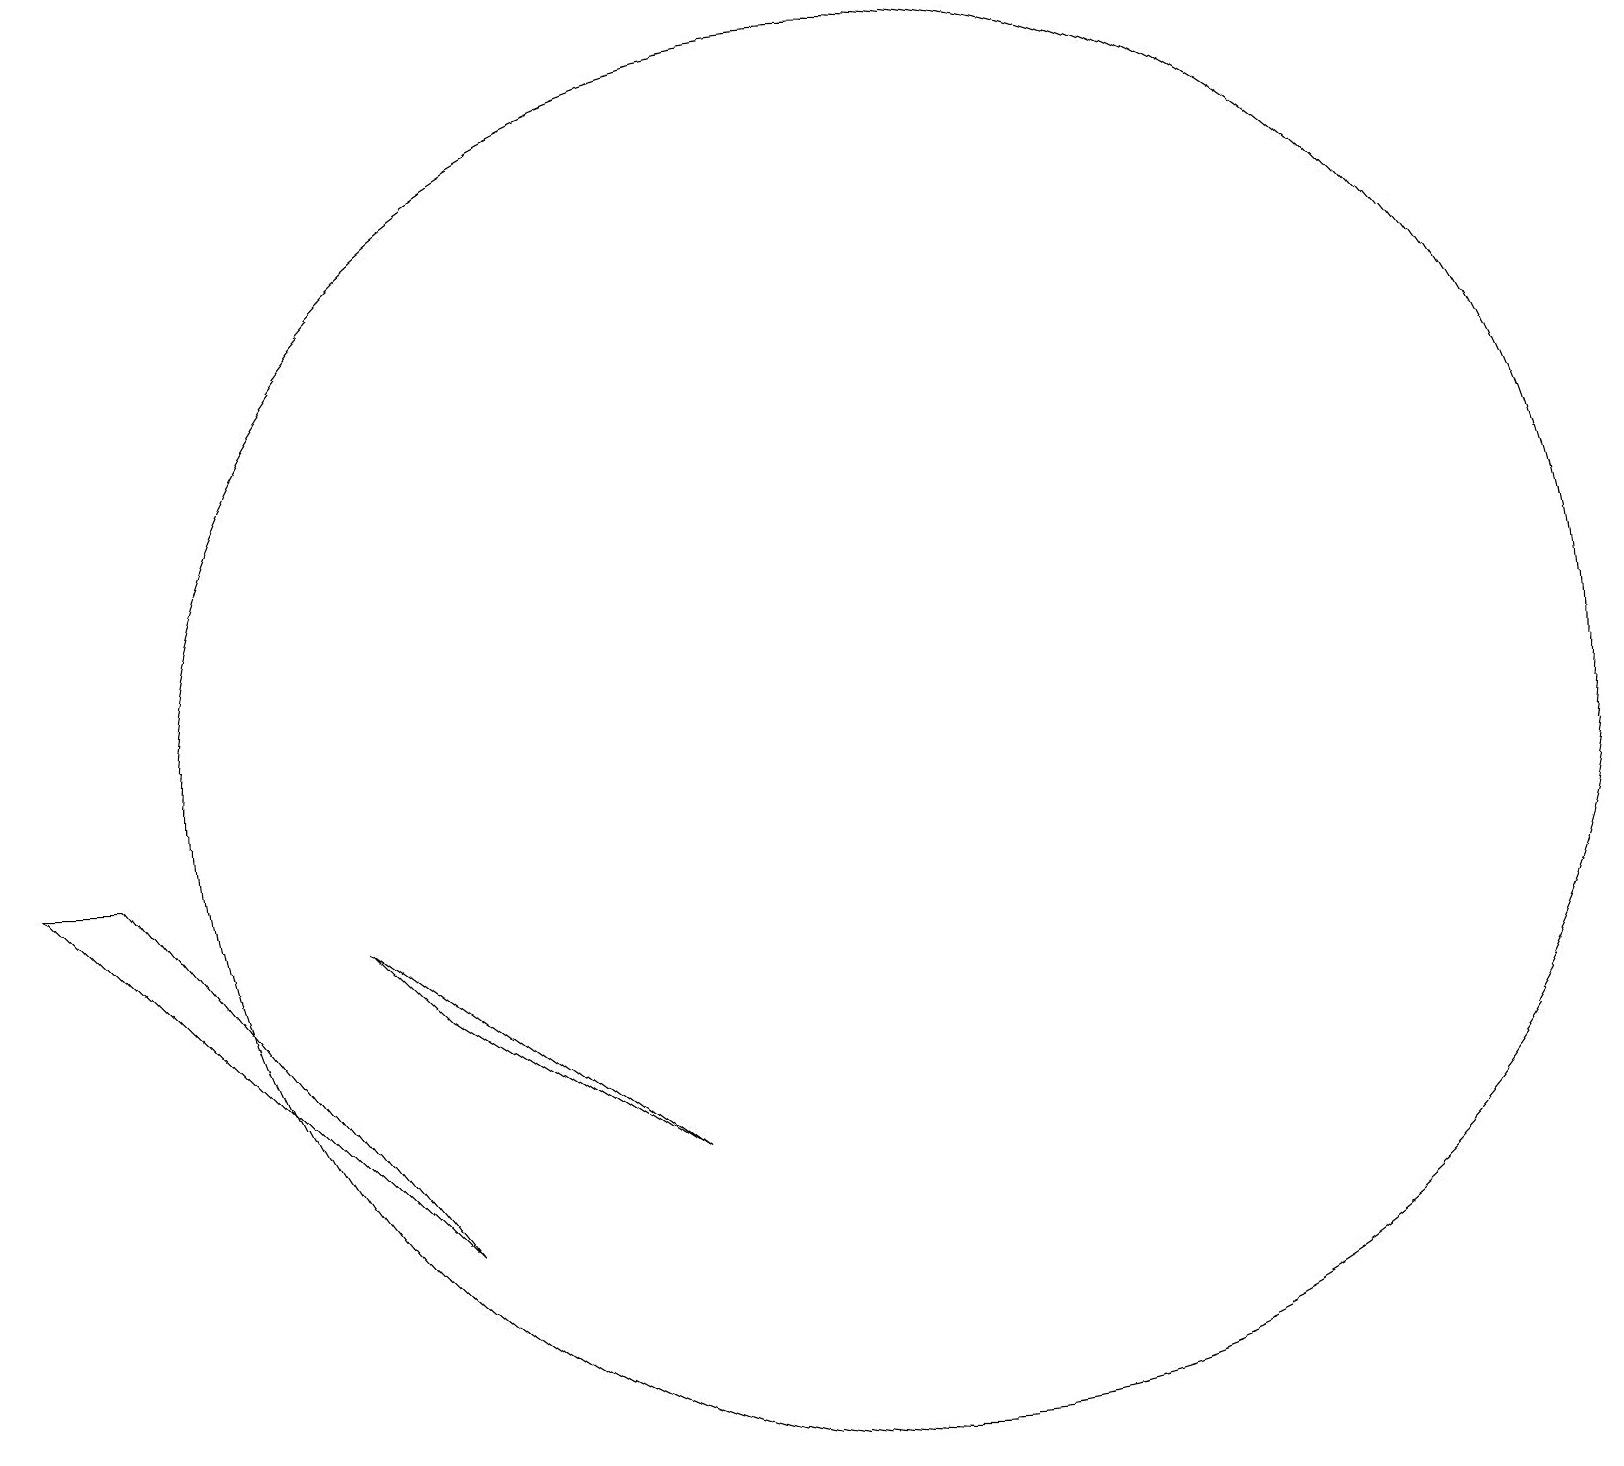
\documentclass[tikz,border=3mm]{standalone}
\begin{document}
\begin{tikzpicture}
\draw (5,4) -- (1,9) -- (0,9) -- cycle;
\draw (5,7) -- (8,5) -- (4,8) -- cycle;
\draw (11,10) circle (9);
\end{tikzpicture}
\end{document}